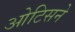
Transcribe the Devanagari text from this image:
ओटिसने